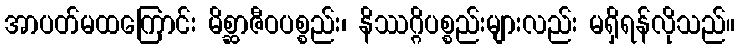
အာပတ်မထကြောင်း မိစ္ဆာဇီဝပစ္စည်း၊ နိဿဂ္ဂိပစ္စည်းများလည်း မရှိရန်လိုသည်။